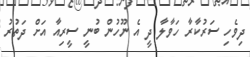
ދިވެހި ސަރުކާރާ ހަވާލާ ދީ އެ ނޫހުން ބުނީ ސީރިއާ އަށް ދަތުރު